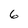
Character: 6